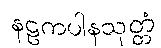
နဠကပါနသုတ္တံ